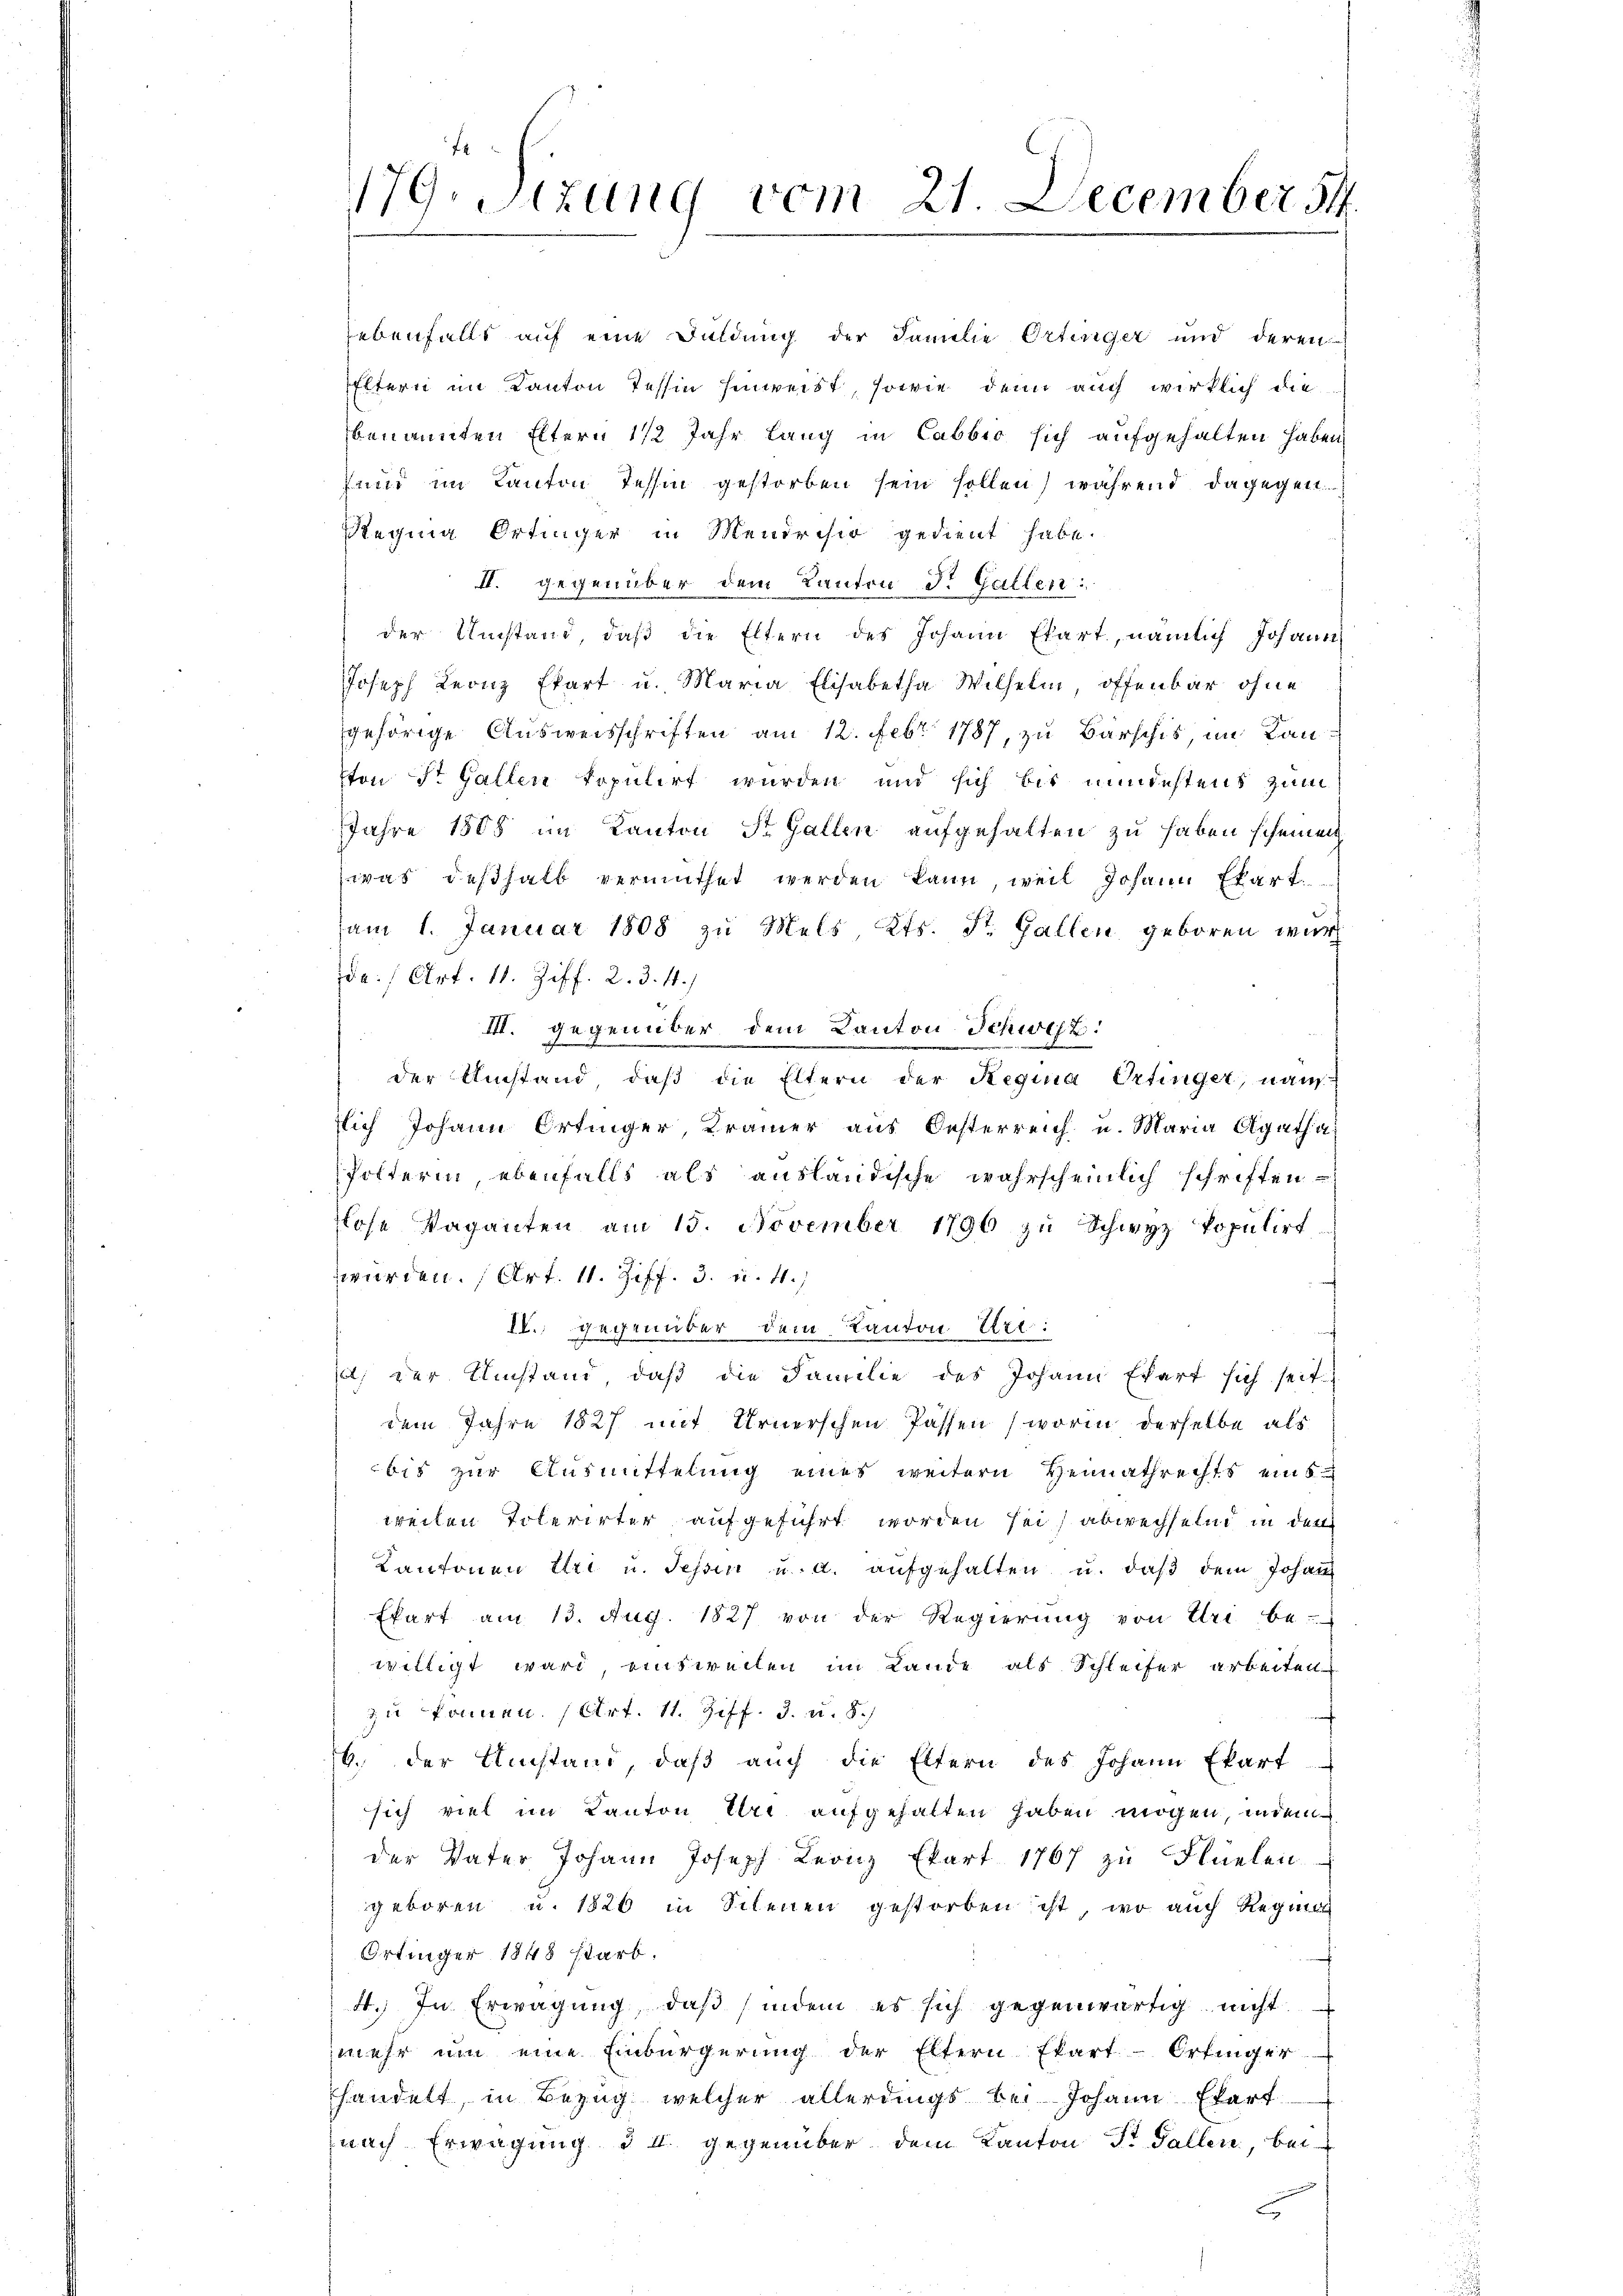
f
179. Sitzung vom 21. December 14.

ebenfalls auf eine Duldung der Familie Ortenger und deren
Eltern im Kanton Tessin hinweist, sowie denn auch wirklich die
benannten Eltern 1/2 Jahr lang in Cabbro sich aufgehalten haben,
and im Kanton Tessin gestorben sein sollen) während dagegen
Reging Ortinger in Mendrisir gedient habe.
II. gegenüber dem Kanton Dr. Gallen:
der Umstand, daβ die Eltern des Johann Ekart, nämlich Johann
JJoseph Leonz Ekart u. Maria Elisabetha Wilhelm, offenbar ohne
gehörige Ausweisschriften am 12. Febr 1787, zu Barschis, im Lanton St. Gallen kopulirt wurden und sich bis mindestens zum
Jahre 1808 im Kanton St. Gallen aufgehalten zu haben scheinen
was deshalb vermuthet werden kann, weil Johann Ekart
am 1. Januar 1808 zu Mels Kts. St. Gallen geboren wur
da:/ Art. 11. Ziff. 2. 3. 11.)
III. gegenüber dem Kanton Schweiz.
der Umstand daß die Eltern der Regina Ortinger, nam
slich Johann Ortinger, Krämer aus Oesterreich u. Maria Agatha
Polterin ebenfalls als ausländische wahrscheinlich schriften¬
Lose Vaganten am 15. November 1796 zŭ Schwyz Populirt
würden. (Art. 11. Ziff. 3. u. 4.)
IV.; gegenüber dem Landon Uri:
) der Umstand, daß die Familie des Johann Egart sich seit
dem Jahre 1827 mit Urnerschen Passen (worin derselbe als
bis zur Ausmittelung eines weitern Heimathrechts einweilen Tolerirter aufgeführt worden sei) abwechselnd in den
Kantonen Uri u. Tessin u. a. aufgehalten u. daß dem Johann
Ekart am 13. Aug. 1827 von der Regierŭng von Uri be-
willigt ward einsweilen im Lande als Schleifer arbeiten
zu können. (Art. 11. Ziff. 3. u. 8.
b. der Umstand, daβ aŭch die Eltern des Johann Ekart
sich viel im Kanton Uri aufgehalten haben mögen, indem
der Vater Johann Joseph Leonz Ekart 1767 zu Flüelen
geboren u. 1820 in Scheuen gestorben ist, wo auch Regie
Ortinger 1848 starb.
4. In Erwägung, daß sindem es sich gegenwärtig nicht
mehr um eine Einbürgerung der Eltern Ekart-Ortinger
handelt, in Bezug welcher allerdings bei Johann Ebert
nach Erwägung d. 4. gegenüber dem Kanton Fr. Fallen, bei
c